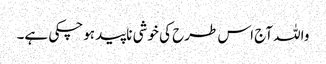
واللہ آج اس طرح کی خوشی ناپید ہوچکی ہے۔